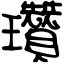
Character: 瓚